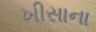
ખીસાના